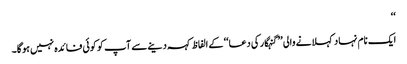
‘‘
ایک نام نہاد کہلانے والی ’’گنہگار کی دعا‘‘ کے الفاظ کہہ دینےسے آپ کو کوئی فائدہ نہیں ہوگا۔